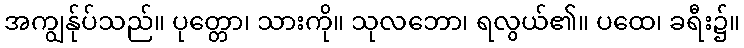
အကျွန်ုပ်သည်။ ပုတ္တော၊ သားကို။ သုလဘော၊ ရလွယ်၏။ ပထေ၊ ခရီး၌။